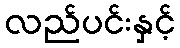
လည်ပင်းနှင့်